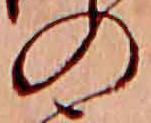
の